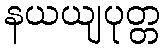
နယယျပုတ္တ